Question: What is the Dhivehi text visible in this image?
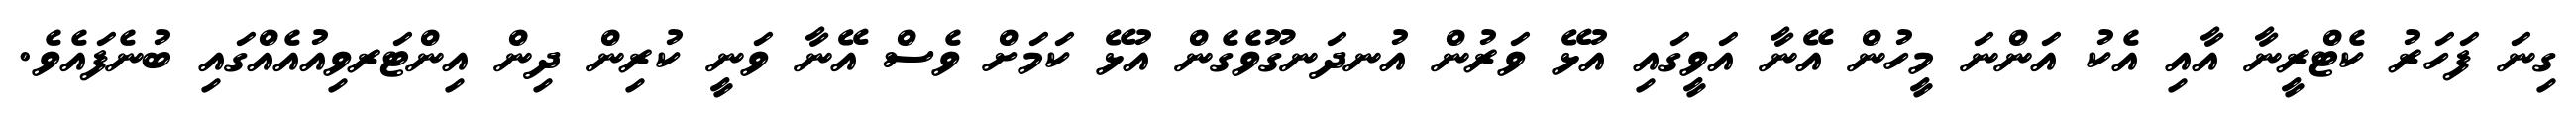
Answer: ގިނަ ފަހަރު ކެޓްރީނާ އާއި އެކު އަންނަ މީހުން އޭނާ އަވީގައި އުޅޭ ވަރުން އުނދަނގޫވެގެން އުޅޭ ކަމަށް ވެސް އޭނާ ވަނީ ކުރިން ދިން އިންޓަރވިއުއެއްގައި ބުނެފައެވެ.